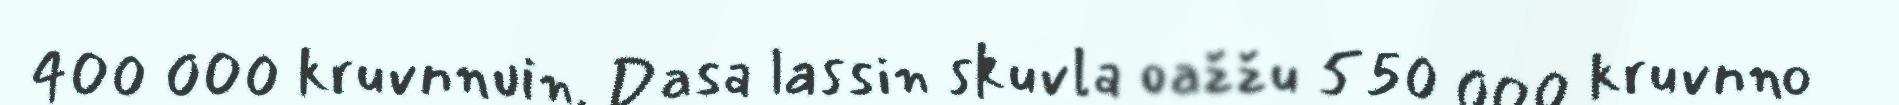
400 000 kruvnnuin. Dasa lassin skuvla oažžu 550 000 kruvnno